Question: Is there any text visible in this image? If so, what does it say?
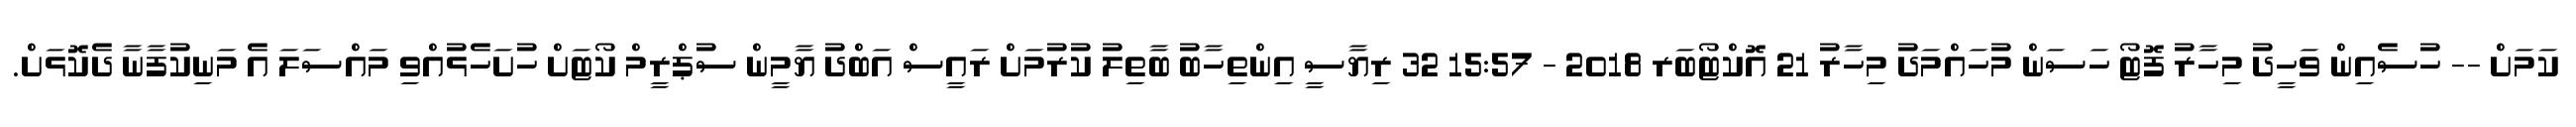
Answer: ކަމަށް -- ހުސެއިން ވަހީދު މިހާރު ފޮޓޯ ހަސަން މުހައްމަދު މިހާރު 21 އޮކްޓޯބަރ 2018 - 15:57 32 ރިޔާސީ އިންތިހާބު ބާތިލު ކުރުމަށް ރައީސް އަބްދު ޔާމީން ސުޕްރީމް ކޯޓަށް ހުށަހެޅުއްވި މައްސަލަ އެ މަނިކުފާނާ ދެކޮޅަށް.